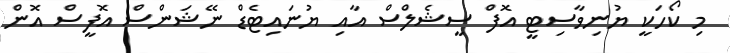
މި ކޯހަކީ ޔުނިވާސިޓީ އޮފް ސީޝެލްސް އާއި ޔުނައިޓެޑް ނޭޝަންސް އޮފީސް އޮން